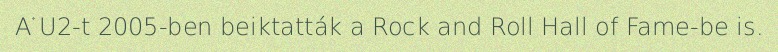
A U2-t 2005-ben beiktatták a Rock and Roll Hall of Fame-be is.